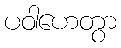
ပဝါဟေတွာ